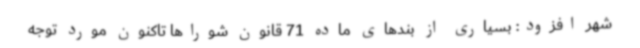
شهر افزود: بسیاری از بندهای ماده 71 قانون شوراها تاکنون مورد توجه